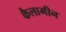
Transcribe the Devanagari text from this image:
कैलामीन